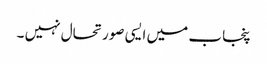
پنجاب میں ایسی صورتحال نہیں ۔